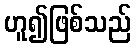
ဟူ၍ဖြစ်သည်